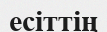
есіттің